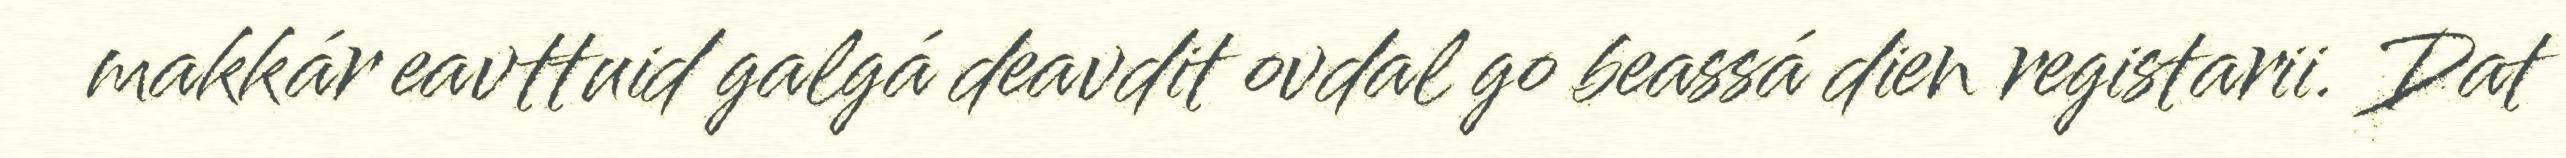
makkár eavttuid galgá deavdit ovdal go beassá dien registarii. Dat